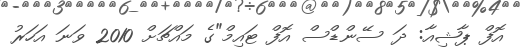
އޮފް ޕާޝިއާ: ދަ ސޭންޑްސް އޮފް ޓައިމް"ގެ މައްޗަށް 2010 ވަނަ އަހަރު